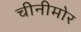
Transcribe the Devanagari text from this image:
चीनीमोर